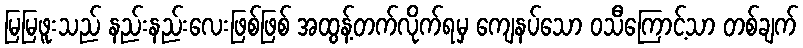
မြမြဖူးသည် နည်းနည်းလေးဖြစ်ဖြစ် အထွန့်တက်လိုက်ရမှ ကျေနပ်သော ဝသီကြောင့်သာ တစ်ချက်